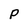
Character: P